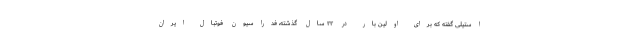
استیلی گفته که برای اولین بار در ۲۲ سال گذشته، فدراسیون فوتبال ایران